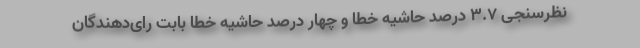
نظرسنجی ۳.۷ درصد حاشیه خطا و چهار درصد حاشیه خطا بابت رای‌دهندگان